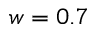
w = 0 . 7